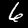
Label: 6